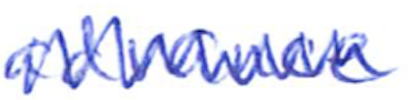
Text: advance
Cross-out: zig-zag
Writing tool: ballpoint